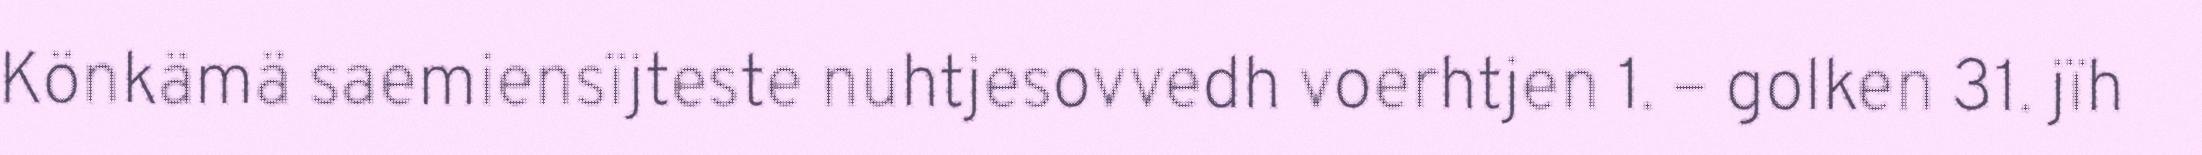
Könkämä saemiensïjteste nuhtjesovvedh voerhtjen 1. – golken 31. jïh